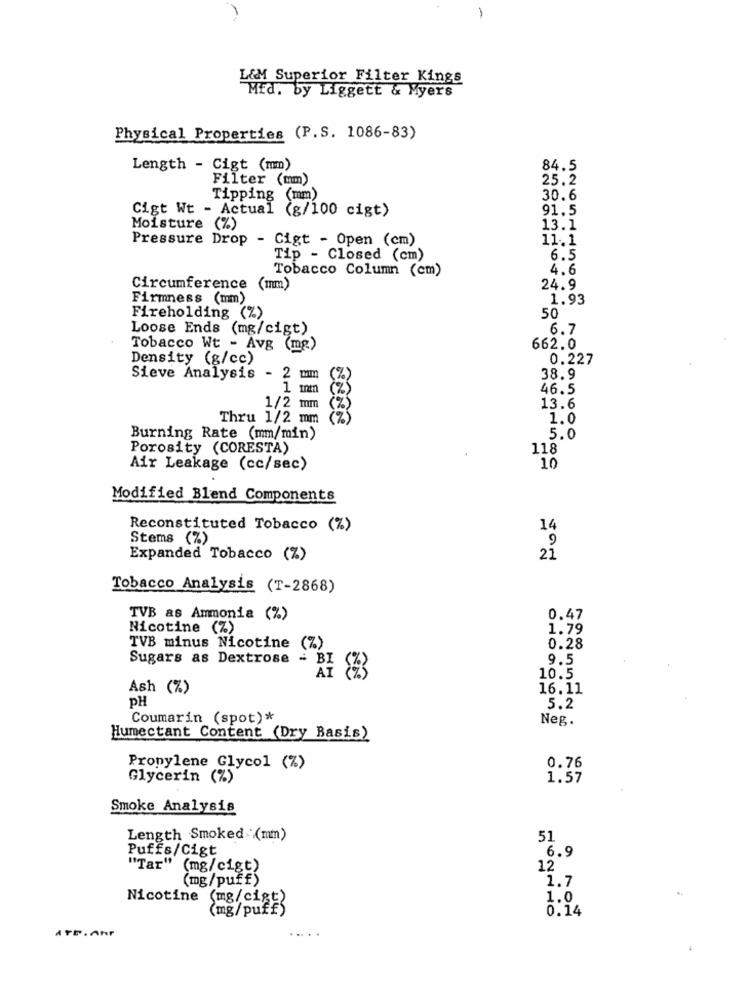
-
L&M Superior Filter Kings
Mfd. by Liggett & Myers
Physical Properties (P.S. 1086-83)
Length - Cigt (mm)
84.5
Filter (mm)
25.2
Tipping (mm)
30.6
Cigt Wt - Actual (g/100 cigt)
91.5
Moisture (%)
13.1
Pressure Drop - Cigt - Open (cm)
11.1
Tip - Closed (cm)
6.5
Tobacco Column (cm)
4.6
Circumference (mm)
24.9
Firmness (mm)
1.93
Fireholding (%)
50
Loose Ends (mg/cigt)
6.7
Tobacco Wt - Avg (mg)
662.0
Density (g/cc)
0.227
Sieve Analysis - 2 mm
38.9
1 mm
46.5
1/2 mm
13.6
Thru 1/2 mm
1.0
Burning Rate (mm/min)
5.0
Porosity (CORESTA)
118
Air Leakage (cc/sec)
10
Modified Blend Components
Reconstituted Tobacco (%)
14
Stems (%)
9
Expanded Tobacco (%)
21
Tobacco Analysis (T-2868)
TVB as Ammonia (%)
0.47
Nicotine (%)
1.79
TVB minus Nicotine (%)
0.28
Sugars as Dextrose
-
BI
9.5
10.5
Ash (%)
16.11
PH
5.2
Coumarin (spot)*
Neg.
Humectant Content (Dry Basis)
Propylene Glycol (%)
0.76
Glycerin (%)
1.57
Smoke Analysis
Length Smoked (mm)
51
Puffs/Cigt
6.9
"Tar" (mg/cigt)
12
(mg/puff)
1.7
Nicotine (mg/cigt
1.0
(mg/puff
0.14